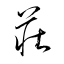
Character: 莊